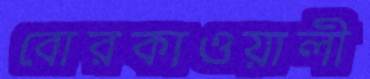
বোরকাওয়ালী